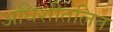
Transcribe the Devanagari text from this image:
अधिशीतलित